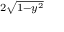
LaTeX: \scriptstyle 2 { \sqrt { 1 - y ^ { 2 } } }